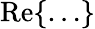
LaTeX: \mathrm{Re}\{ \ldots\}